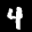
Label: 4